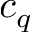
c _ { q }